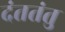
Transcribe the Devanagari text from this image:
दंततंतु